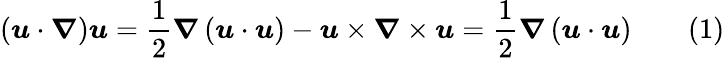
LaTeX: \left({\boldsymbol{\mathit{u}}}\cdot{\boldsymbol{\nabla}}\right){\boldsymbol{\mathit{u}}}={\frac{{1}}{{2}}}{\boldsymbol{\nabla}}\left({\boldsymbol{\mathit{u}}}\cdot{\boldsymbol{\mathit{u}}}\right)-{\boldsymbol{\mathit{u}}}\times{\boldsymbol{\nabla}}\times{\boldsymbol{\mathit{u}}}={\frac{{1}}{{2}}}{\boldsymbol{\nabla}}\left({\boldsymbol{\mathit{u}}}\cdot{\boldsymbol{\mathit{u}}}\right)\qquad(1)